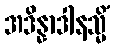
အဒိန္နာဒါနသ္မိံ